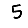
Digit: 5